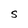
Character: S